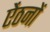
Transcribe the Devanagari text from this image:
ऐंठनों